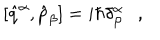
LaTeX: [ \hat { q } ^ { \alpha } , \hat { p } _ { \beta } ] = i \hbar \delta _ { \beta } ^ { \alpha } \ \ \ ,